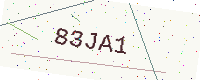
Text: 83JA1